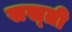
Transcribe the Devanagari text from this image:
सख्‍ती